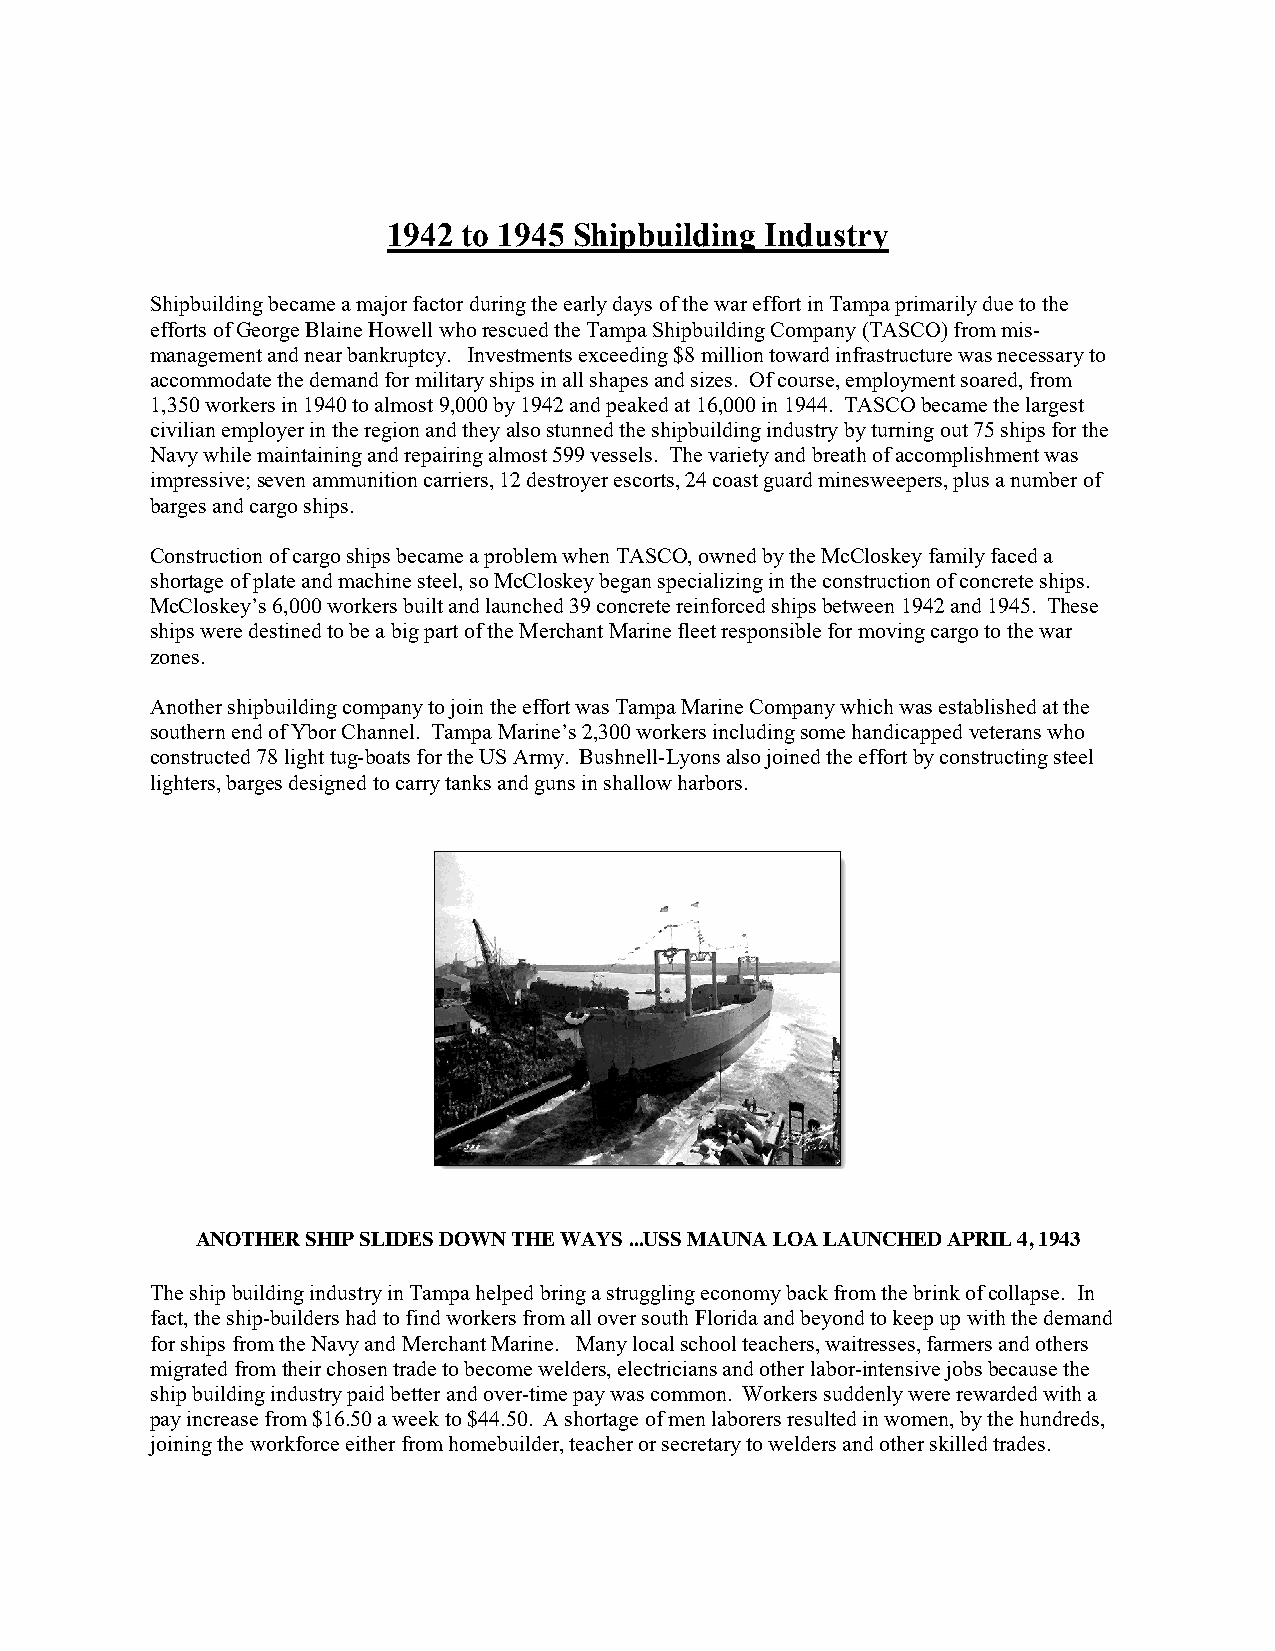
1942 to 1945 Shipbuilding Industry
 Shipbuilding became a major factor during the early days of the war effort in Tampa primarily due to the
 efforts of George Blaine Howell who rescued the Tampa Shipbuilding Company (TASCO) from mis-
 management and near bankruptcy. Investments exceeding $8 million toward infrastructure was necessary to
 accommodate the demand for military ships in all shapes and sizes. Of course, employment soared, from
 1,350 workers in 1940 to almost 9,000 by 1942 and peaked at 16,000 in 1944. TASCO became the largest
 civilian employer in the region and they also stunned the shipbuilding industry by turning out 75 ships for the
 Navy while maintaining and repairing almost 599 vessels. The variety and breath of accomplishment was
 impressive; seven ammunition carriers, 12 destroyer escorts, 24 coast guard minesweepers, plus a number of
 barges and cargo ships.
 Construction of cargo ships became a problem when TASCO, owned by the McCloskey family faced a
 shortage of plate and machine steel, so McCloskey began specializing in the construction of concrete ships.
 McCloskey’s 6,000 workers built and launched 39 concrete reinforced ships between 1942 and 1945. These
 ships were destined to be a big part of the Merchant Marine fleet responsible for moving cargo to the war
 zones.
 Another shipbuilding company to join the effort was Tampa Marine Company which was established at the
 southern end of Ybor Channel. Tampa Marine’s 2,300 workers including some handicapped veterans who
 constructed 78 light tug-boats for the US Army. Bushnell-Lyons also joined the effort by constructing steel
 lighters, barges designed to carry tanks and guns in shallow harbors.
 ANOTHER SHIP SLIDES DOWN THE WAYS ...USS MAUNA LOA LAUNCHED APRIL 4, 1943
 The ship building industry in Tampa helped bring a struggling economy back from the brink of collapse. In
 fact, the ship-builders had to find workers from all over south Florida and beyond to keep up with the demand
 for ships from the Navy and Merchant Marine. Many local school teachers, waitresses, farmers and others
 migrated from their chosen trade to become welders, electricians and other labor-intensive jobs because the
 ship building industry paid better and over-time pay was common. Workers suddenly were rewarded with a
 pay increase from $16.50 a week to $44.50. A shortage of men laborers resulted in women, by the hundreds,
 joining the workforce either from homebuilder, teacher or secretary to welders and other skilled trades.